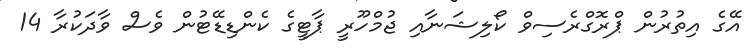
އޭގެ އިތުރުން ޕްރޮގްރެސިވް ކޯލިޝަނާއި ޖުމްހޫރީ ޕާޓީގެ ކެންޑިޑޭޓުން ވެސް ވާދަކުރާ 14